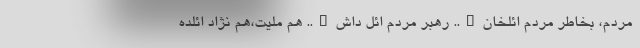
مردم، بخاطر مردم ائلخان….. رهبر مردم ائل داش….. هم ملیت،هم نژاد ائلده